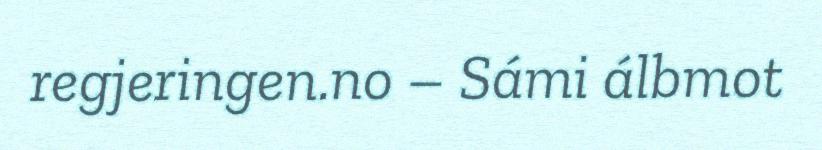
regjeringen.no – Sámi álbmot